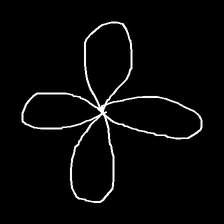
Glyph: billowing